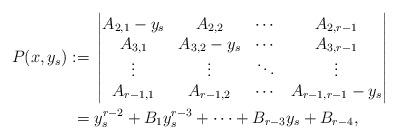
LaTeX: \begin{align*}P(x, y_s):={}& \left|\begin{matrix}A_{2,1} - y_s & A_{2,2} & \cdots & A_{2,r-1}\\A_{3,1} & A_{3,2} - y_s& \cdots & A_{3,r-1}\\\vdots & \vdots & \ddots & \vdots \\A_{r-1,1} & A_{r-1,2} & \cdots & A_{r-1,r-1} - y_s\\\end{matrix}\right|\\={}& y_s^{r-2} + B_1 y_s^{r-3} +\cdots+ B_{r-3} y_s + B_{r-4},\end{align*}